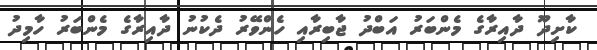
ކާށިދޫ ދާއިރާގެ މެންބަރު އަބްދު ޖާބިރާއި ހެންވޭރު ދެކުނު ދާއިރާގެ މެންބަރު ހާމިދު